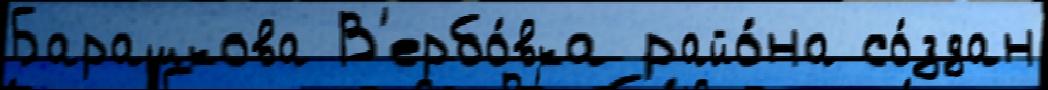
Барашкова В'ербо́вка райо́на со́здан